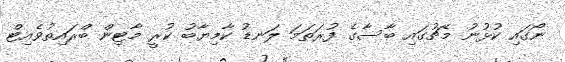
ނޯގައި ކުޅުނު މެޗުގައި ބާސާގެ ފުރަތަމަ ލަނޑު ކާމިޔާބު ކުރީ މާޓިން ބްރައިތުވެއިޓް